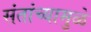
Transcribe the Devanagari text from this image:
संतांच्यामुळे